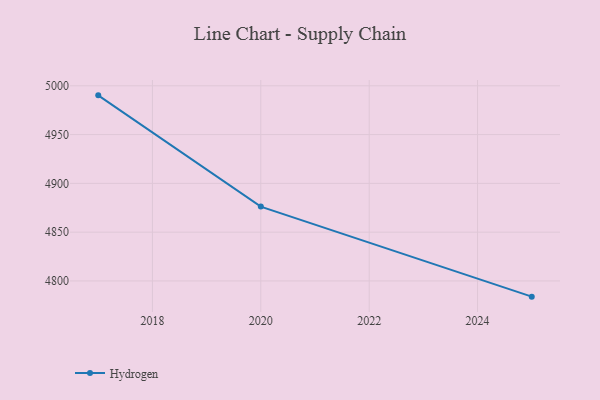
{"axis": {"x": "Year", "y": "Gross Profit (USD K)"}, "legend": ["Hydrogen"], "data": [{"x": "2025", "y": 4783.9, "type": "Hydrogen"}, {"x": "2020", "y": 4876.2, "type": "Hydrogen"}, {"x": "2017", "y": 4990.2, "type": "Hydrogen"}]}